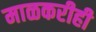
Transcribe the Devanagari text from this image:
माळकरीही